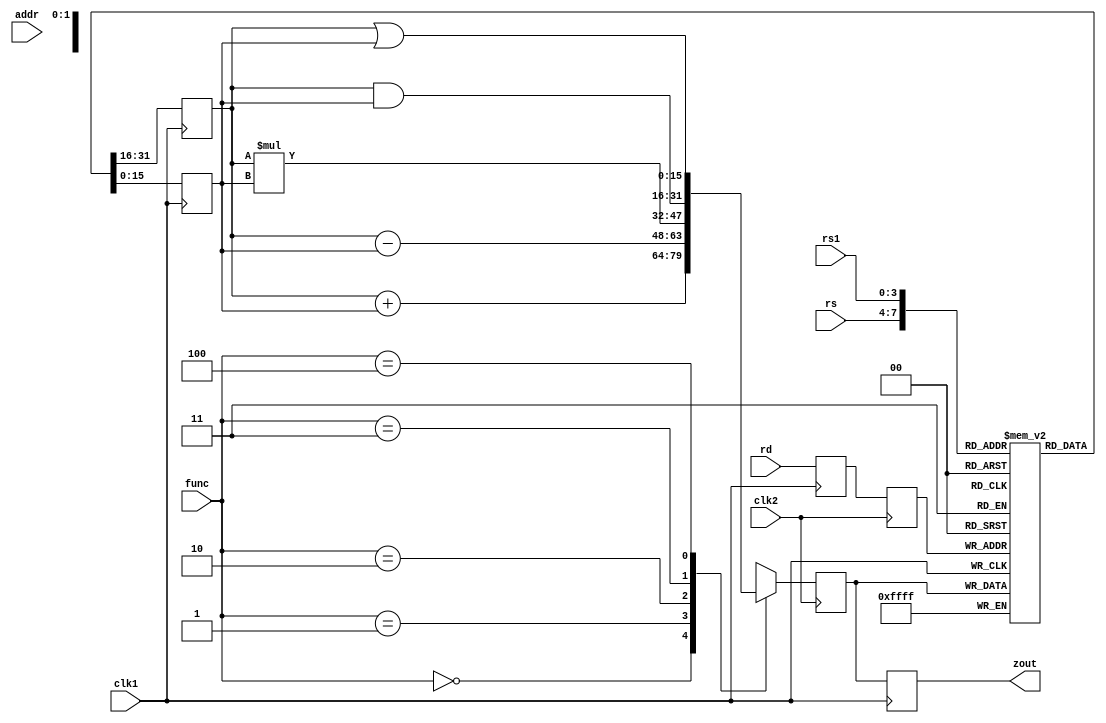
`timescale 1ns / 1ps
//////////////////////////////////////////////////////////////////////////////////
// Company: 
// Engineer: 
// 
// Design Name: 
// Module Name:    pipe2 
// Project Name: 
// Target Devices: 
// Tool versions: 
// Description: 
//
// Dependencies: 
//
// Revision: 
// Revision 0.01 - File Created
// Additional Comments: 
//
//////////////////////////////////////////////////////////////////////////////////
module pipe2(
    output [15:0]zout,
    input [3:0]rs,
    input [3:0]rs1,
    input [3:0]rd,
    input [3:0]func,
    input [7:0]addr,
    input clk1,
    input clk2
    );
	reg [15:0]l12_a,l12_b,l23_z,l34_z; //creating pipelined inputs/outputs
 reg [3:0]l12_rd,l12_func,l23_rd;
  reg [15:0]l12_addr,l23_addr,l34_addr;
  
	reg [15:0]Reg[15:0]; //initialising reg 
	reg [15:0]mem[0:255]; //initialising memory
  assign zout = l34_z; //output
 
 always @(posedge clk1) //s1
begin
l12_a <= #2 Reg[rs];
l12_b <= #2 Reg[rs1];
l12_rd <= rd;
l12_func <= func;
l12_addr <= addr;
end

always @(posedge clk2) //s2
begin
	case(func)                   //ALU operations
4'b0000 : l23_z <= #2 l12_a + l12_b;
4'b0001 : l23_z <= #2 l12_a - l12_b;
4'b0010 : l23_z <= #2 l12_a * l12_b;
4'b0011 : l23_z <= #2 l12_a & l12_b;
4'b0100 : l23_z <= #2 l12_a | l12_b;
default : l23_z <= #2 16'hxx;
endcase
l23_rd <= l12_rd;
l23_addr <= l12_addr;
end
always @(posedge clk1) //s3
begin
Reg[l23_rd] <= #2 l23_z;
l34_z <= l23_z;
l34_addr <= l23_addr;
end
always @(posedge clk2) //s4
begin
mem[l34_addr] <= #2 l34_z;
end
endmodule